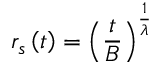
r _ { s } \left( t \right) = \left( \frac { t } { B } \right) ^ { \frac { 1 } { \lambda } }